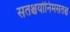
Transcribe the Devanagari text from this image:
सतश्चयोनिमसतश्च